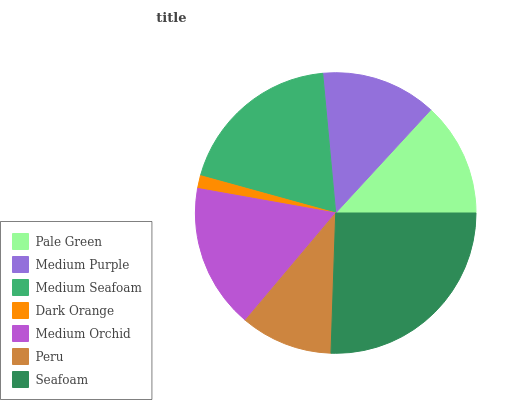
| Pale Green | Medium Purple | Medium Seafoam | Dark Orange | Medium Orchid | Peru | Seafoam |
 | --- | --- | --- | --- | --- | --- | --- |
 | 13.1% | 13.3% | 19.3% | 1.48% | 16.7% | 10.6% | 25.5% |